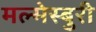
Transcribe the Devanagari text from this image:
मल्मेस्बुरी